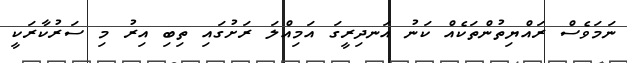
ނަމަވެސް ރައްޔިތުންތަކެއް ކަނު އަނދިރީގަ އަމިއްލަ ރަށުގައި ތިބި އިރު މި ސަރުކާރަކީ